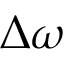
\Delta \omega